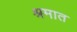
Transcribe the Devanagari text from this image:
श्रमात